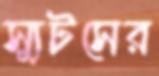
স্যুটসের